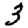
Digit: 3